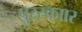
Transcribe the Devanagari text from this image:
पुरस्काार